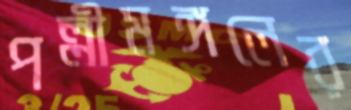
পল্লীমঙ্গলের